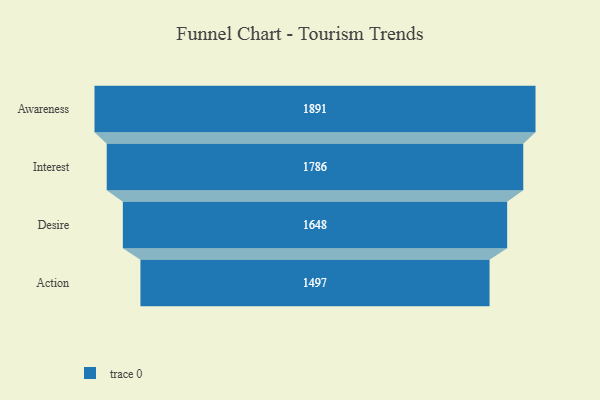
{"axis": {"x": "Stage", "y": "Value"}, "legend": [""], "data": [{"x": "Awareness", "y": 1891.0, "type": ""}, {"x": "Interest", "y": 1786.0, "type": ""}, {"x": "Desire", "y": 1648.0, "type": ""}, {"x": "Action", "y": 1497.0, "type": ""}]}